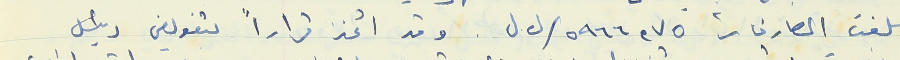
بلغت المصارفات ٥٩٦٦,٧٥/ل.ل  . وقد اتخذ قراراً بتفويض رئيس